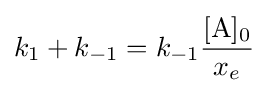
k_{1}+k_{-1}=k_{-1}{\frac {{\ce {[A]0}}}{x_{e}}}